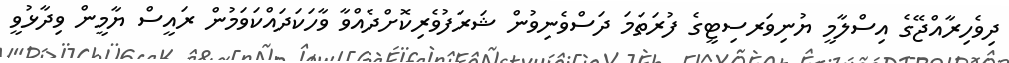
ދިވެހިރާއްޖޭގެ އިސްލާމީ ޔުނިވަރސިޓީގެ ފުރަތަމަ ދަސްވެނިވުން ޝަރަފުވެރިކޮށްދެއްވާ ވާހަކަދައްކަވަމުން ރައީސް ޔާމީން ވިދާޅުވީ